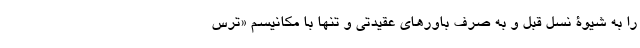
را به شیوۀ نسل قبل و به صرف باورهای عقیدتی و تنها با مکانیسم «ترس